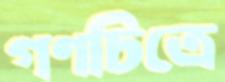
গণচিত্রে